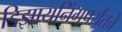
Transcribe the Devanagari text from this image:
डिझायनिंगपर्यंतचे